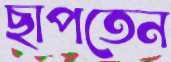
ছাপতেন